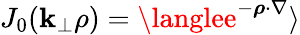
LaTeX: J_{0}(\mathbf{k}_{\perp}\rho)=\langlee^{-\boldsymbol{\rho}\cdot{\nabla}}\rangle